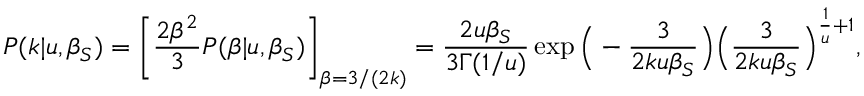
P ( k | u , \beta _ { S } ) = \left[ \frac { 2 \beta ^ { 2 } } { 3 } P ( \beta | u , \beta _ { S } ) \right] _ { \beta = 3 / ( 2 k ) } = \frac { 2 u \beta _ { S } } { 3 \Gamma ( 1 / u ) } \exp \Big ( - \frac { 3 } { 2 k u \beta _ { S } } \Big ) \Big ( \frac { 3 } { 2 k u \beta _ { S } } \Big ) ^ { \frac { 1 } { u } + 1 } ,